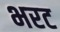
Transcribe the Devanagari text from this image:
भरट